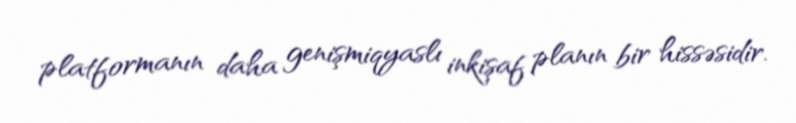
platformanın daha genişmiqyaslı inkişaf planın bir hissəsidir.